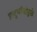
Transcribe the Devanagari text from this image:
प्रादुर्भावांमुळे